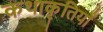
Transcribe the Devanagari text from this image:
कथाकृतियाँ